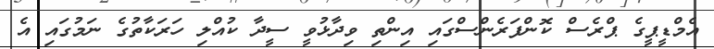
އެމްޑީޕީގެ ޕްރެސް ކޮންފަރެންސްގައި އިންތި ވިދާޅުވީ ސީދާ ކުއްލި ހަރަކާތުގެ ނަމުގައި އެ